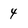
Character: 4